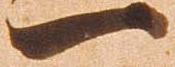
一